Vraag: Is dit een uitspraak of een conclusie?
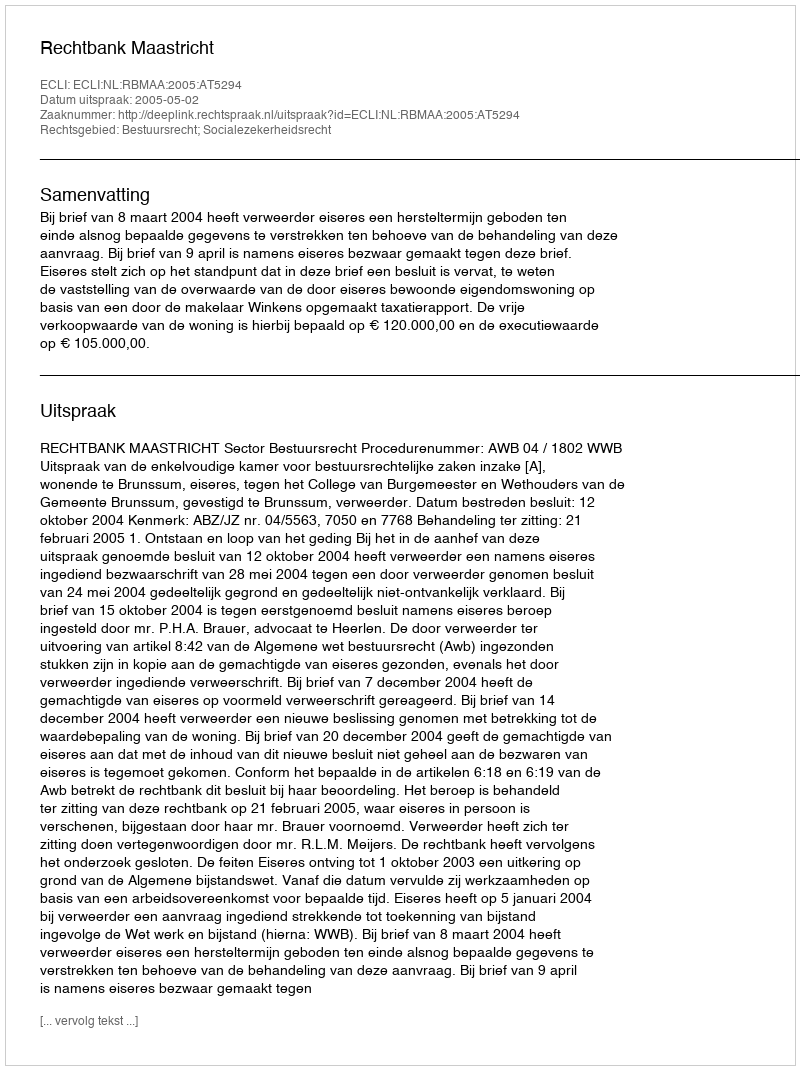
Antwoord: Uitspraak